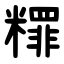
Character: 䊫